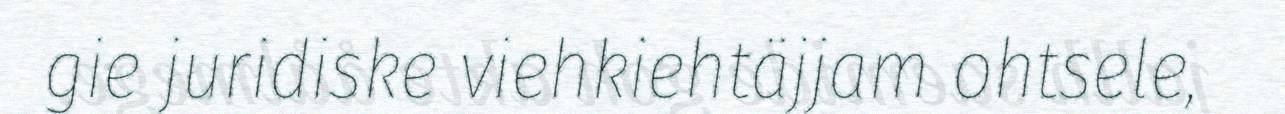
gie juridiske viehkiehtäjjam ohtsele,